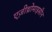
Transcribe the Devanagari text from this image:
एज़ीथ्रोमाइसीन